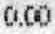
0.00